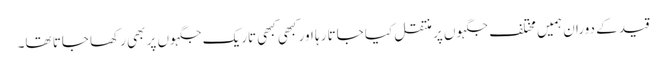
قید کے دوران ہمیں مختلف جگہوں پر منتقل کیا جاتا رہا اور کبھی کبھی تاریک جگہوں پر بھی رکھا جاتا تھا۔